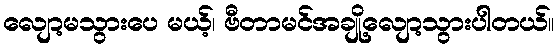
လျော့မသွားပေ မယ့်၊ ဗီတာမင်အချို့လျော့သွားပါတယ်။